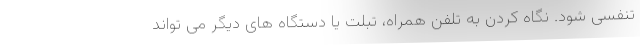
تنفسی شود. نگاه کردن به تلفن همراه، تبلت یا دستگاه های دیگر می تواند